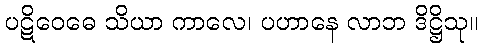
ပဋိဝေဓေ သိယာ ကာလေ၊ ပဟာနေ လာဘ ဒိဋ္ဌိသု။